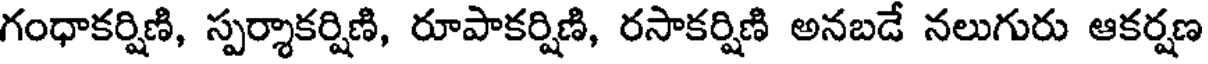
గంధాకర్షిణి, స్పర్శాకర్షిణి, రూపాకర్షిణి, రసాకర్షిణి అనబడే నలుగురు ఆకర్షణ